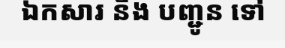
ឯកសារ និង បញ្ជូន ទៅ